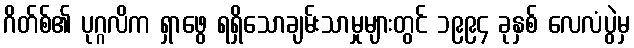
ဂိတ်စ်၏ ပုဂ္ဂလိက ရှာဖွေ ရရှိသောချမ်းသာမှုများတွင် ၁၉၉၄ ခုနှစ် လေလံပွဲမှ